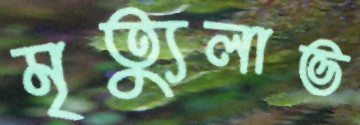
মৃত্যুলাভ